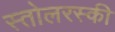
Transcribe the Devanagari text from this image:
स्तोलरस्की